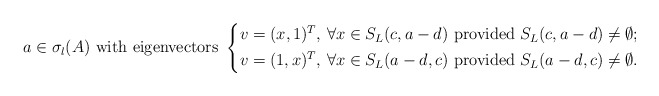
\begin{align*} a\in \sigma_l(A)\mbox{ with eigenvectors }\left\{ \begin{aligned} v=(x,1)^T,\, \forall x\in S_L(c,a-d)\mbox{ provided }S_L(c,a-d)\neq \emptyset;\\ v=(1,x)^T,\, \forall x\in S_L(a-d,c)\mbox{ provided }S_L(a-d,c)\neq \emptyset. \end{aligned} \right.\end{align*}